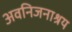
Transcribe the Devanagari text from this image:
अवनिजनाश्रय